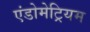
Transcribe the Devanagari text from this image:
एंडोमेट्रियम